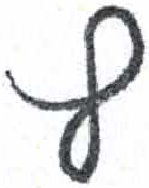
אות: ץ